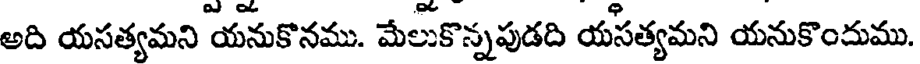
అది యసత్యమని యనుకొనము. మేలుకొన్నపుడది యసత్యమని యనుకొందుము.